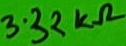
Text: 3.32kΩ